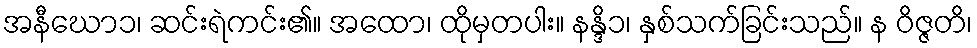
အနီဃော၁၊ ဆင်းရဲကင်း၏။ အထော၊ ထိုမှတပါး။ နန္ဒိ၁၊ နှစ်သက်ခြင်းသည်။ န ဝိဇ္ဇတိ၊